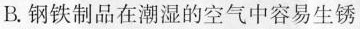
B.钢铁制品在潮湿的空气中容易生锈